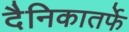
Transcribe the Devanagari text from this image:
दैनिकातर्फे